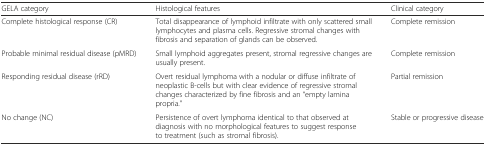
| GELA category | Histological features | Clinical category |
 | --- | --- | --- |
 | Complete histological response (CR) | Total disappearance of lymphoid infiltrate with only scattered small lymphocytes and plasma cells. Regressive stromal changes with fibrosis and separation of glands can be observed. | Complete remission |
 | Probable minimal residual disease (pMRD) | Small lymphoid aggregates present, stromal regressive changes are usually present. | Complete remission |
 | Responding residual disease (rRD) | Overt residual lymphoma with a nodular or diffuse infiltrate of neoplastic B-cells but with clear evidence of regressive stromal changes characterized by fine fibrosis and an “empty lamina propria.” | Partial remission |
 | No change (NC) | Persistence of overt lymphoma identical to that observed at diagnosis with no morphological features to suggest response to treatment (such as stromal fibrosis). | Stable or progressive disease |